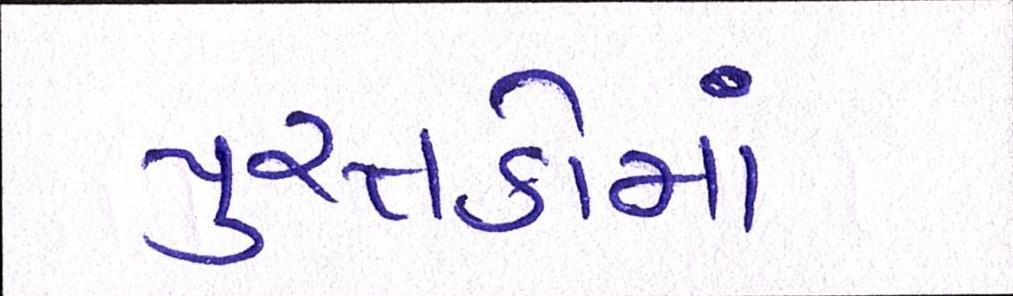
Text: પુસ્તકોમાં